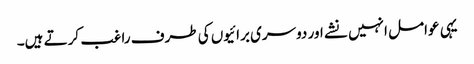
یہی عوامل انہیں نشے اور دوسری برائیوں کی طرف راغب کرتے ہیں۔